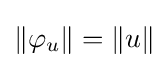
\left\|\varphi _{u}\right\|=\left\|u\right\|